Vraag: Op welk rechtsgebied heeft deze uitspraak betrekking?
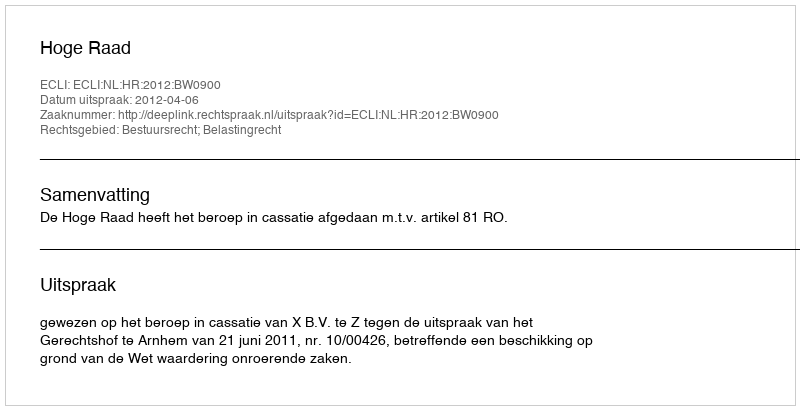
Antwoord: Bestuursrecht; Belastingrecht